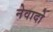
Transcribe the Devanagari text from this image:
नेवादो